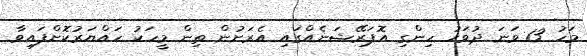
މަހު 13 ވަނަ ދުވަހު ހިންގި އޮޕަރޭޝަނެއްގައި އެރަށުން ތިން މީހަކު ހައްޔަރުކޮށްފައިވާ